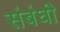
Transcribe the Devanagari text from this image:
संबंघी